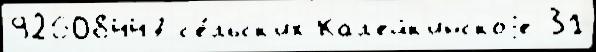
92608447 с'е́льск'их Кал'ейк'инскоjе 31